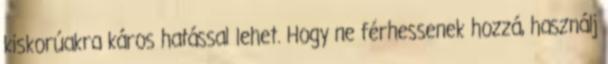
kiskorúakra káros hatással lehet. Hogy ne férhessenek hozzá, használj